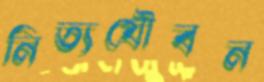
নিত্যযৌবন